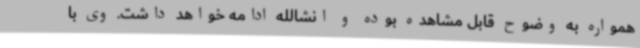
همواره به وضوح قابل مشاهده بوده و انشالله ادامه خواهد داشت. وی با